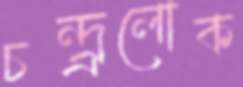
চন্দ্র্রলোক